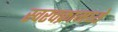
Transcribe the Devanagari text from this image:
स्वरचक्रामध्ये